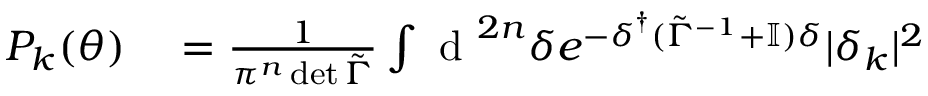
\begin{array} { r l } { P _ { k } ( \boldsymbol { \theta } ) } & { { } = \frac { 1 } { \pi ^ { n } \operatorname* { d e t } \tilde { \Gamma } } \int \mathrm { ~ d ~ } ^ { 2 n } { \delta } e ^ { - \boldsymbol { \delta } ^ { \dagger } ( \tilde { \Gamma } ^ { - 1 } + \mathbb { I } ) \boldsymbol { \delta } } | \delta _ { k } | ^ { 2 } } \end{array}